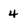
Character: 4